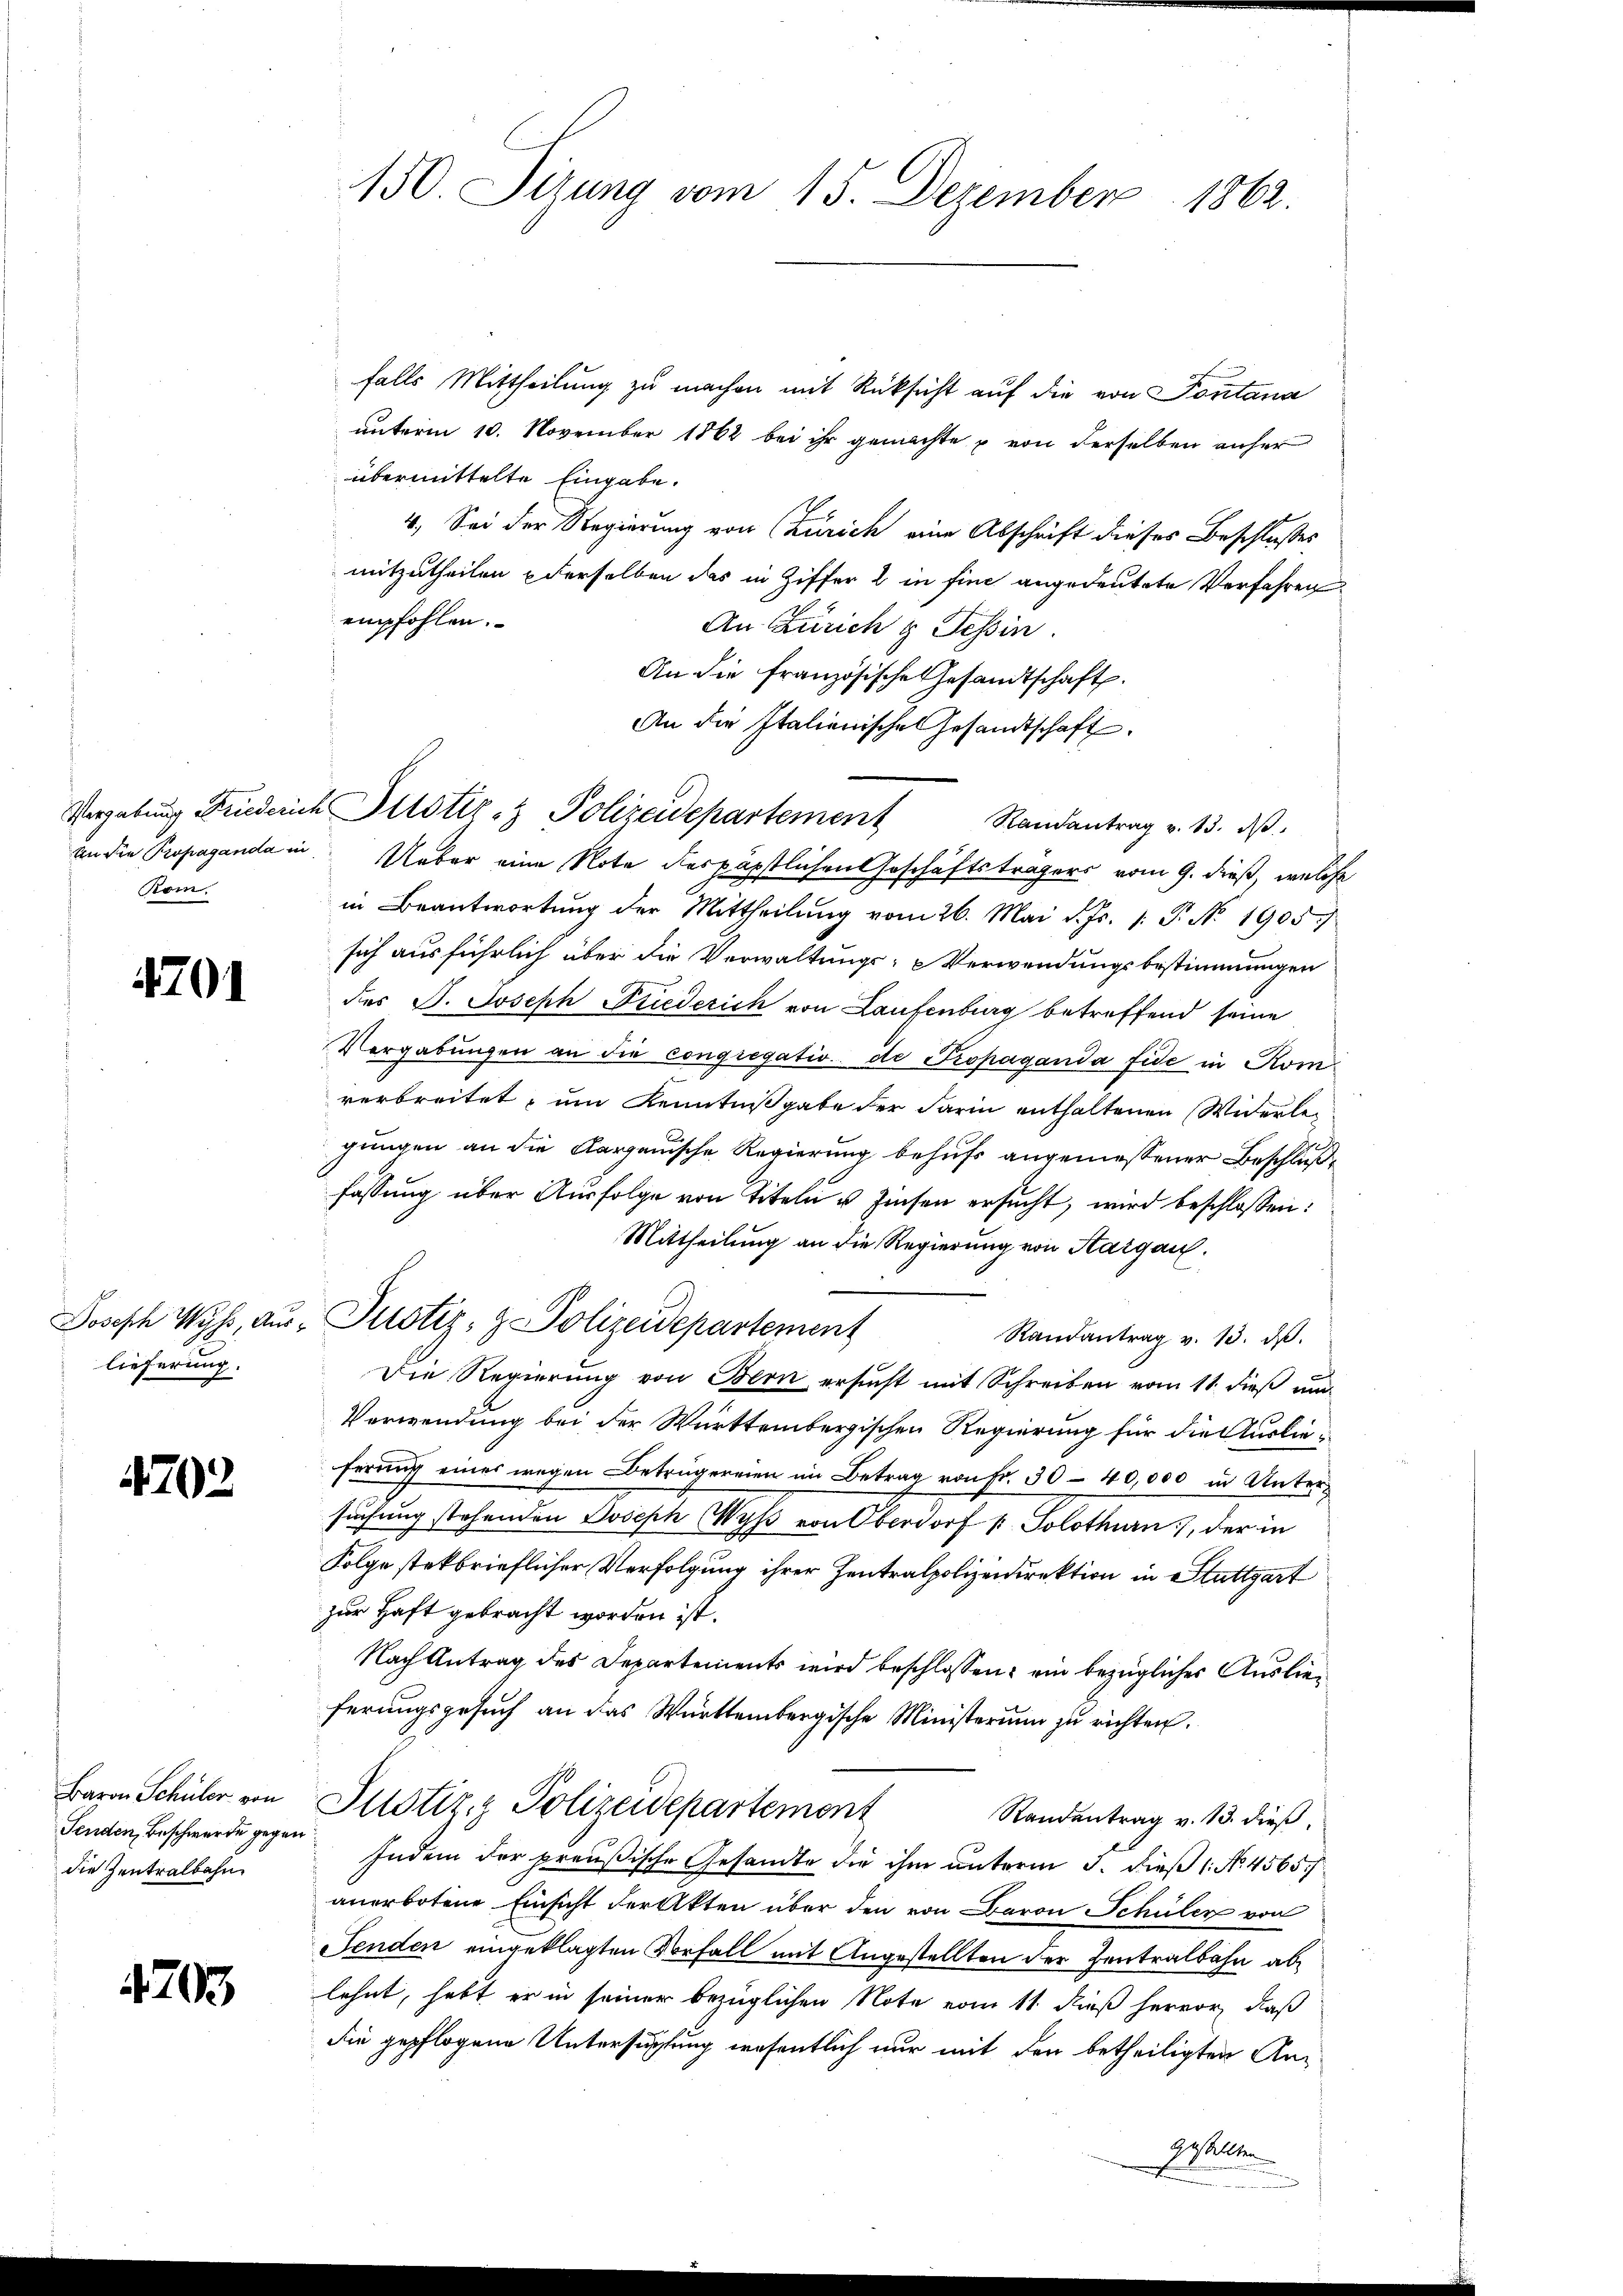
Kom.

4701

lieferung.

4703.

falls Mittheilung zu machen mit Rücksicht auf die von Pontana
unterm 10. November 1862 bei ihr gemachte u von derselben anher
übermittelte Eingabe.
4. Sei der Regierung von (Zürich eine Abschrift dieses Beschlusses
mitzutheilen derselben das in Ziffer 2 in fine angedeutete Verfahren.
empfohlen.
An Zürich g Tessin.
An die französische Gesandtschaft.
An die Italienische Gesandtschaft.
an die Propaganda in Ueber eine Note des päpstlichen Geschäftsträgers vom 9. dieß, welche
in Beantwortung der Mittheilung vom 26. Mai d. Js. 1. P. No 1905.
sich ausführlich über die Verwaltungs- Verwendungsbestimmungen
des J. Joseph Friederich von Laufenburg betreffend seine
Vergabungen an die congregatio de Propaganda fide in Komverbreitet, um Kenntnißgabe der darin enthaltenen Widerlei
gungen an die Aargauische Regierung behufs angemessener Beschluße
fassung über Ausfolge von Titeln u. Zinsen ersucht, wird beschlossen:
Mittheilung an die Regierung von Sargau.
Joseph Wyss, aus Justiz- & Polizeidepartement
Randantrag v. 13. ds.
Die Regierung von Bern ersucht mit Schreiben vom 11. dieß und
Verwendung bei der Württembergischen Regierung für die Auslieferung eines wegen Betrügereien im Betrag von Fr. 30-40,000 in Untersuchung stehenden Joseph Wyß von Oberdorf u. Solothurn, der in
Folge steckbrieflicher Verfolgung ihrer Zentralpolizeidirektion in Stuttgart
zur Haft gebracht worden ist.
Nach Antrag des Departements wird beschlossen: ein bezüglicher Auslieferungsgesuch an das Württembergische Ministerium zu richten.
Baron Schüler von Justiz & Polizeidepartement
Randentrag v. 13. dieß,
Indem der preußische Gesandte die ihm unterm 3. dieß (No. 4565/
anerbotene Einsicht der Akten über den von Baron Schüler von
Fenden eingeklagten Vorfall mit Angestellten der Zentralbahn ablehnt, habt er in seiner bezüglichen Note vom 11. dieß hervor, daß
die gepflogene Untersuchtung wesentlich nur mit den betheiligten Angestellten
m

Fenden, Beschwerde gegen
die Zentralbahn

4703

150. Sizung vom 15. Dezember 1862.

Vergabŭng Friederich Justiz- & Polizeidepartement Randantrag v. 13. dβ.